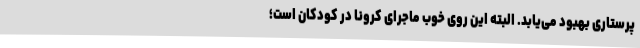
پرستاری بهبود می‌یابد. البته این روی خوب ماجرای کرونا در کودکان است؛